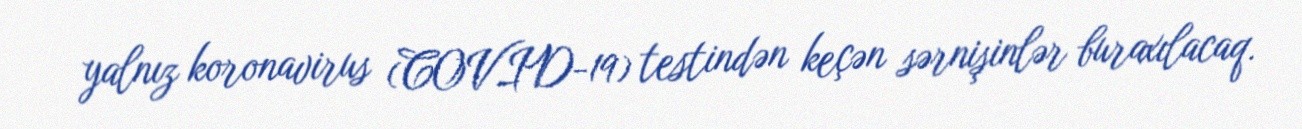
yalnız koronavirus (COVID-19) testindən keçən sərnişinlər buraxılacaq.